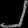
Digit: ၂